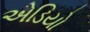
એડિયો